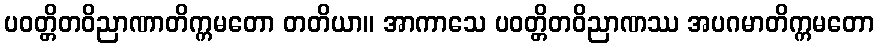
ပဝတ္တိတဝိညာဏာတိက္ကမတော တတိယာ။ အာကာသေ ပဝတ္တိတဝိညာဏဿ အပဂမာတိက္ကမတော